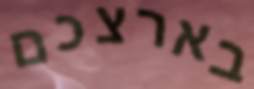
בארצכם